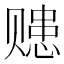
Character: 𧹗